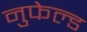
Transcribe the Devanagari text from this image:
नुफेल्ड